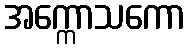
အက္ကောသကော